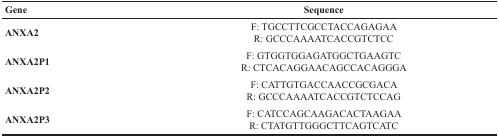
<table><thead><tr><td><b>Gene</b></td><td><b>Sequence</b></td></tr></thead><tbody><tr><td><b>ANXA2</b></td><td>F: TGCCTTCGCCTACCAGAGAAR: GCCCAAAATCACCGTCTCC</td></tr><tr><td><b>ANXA2P1</b></td><td>F: GTGGTGGAGATGGCTGAAGTCR: CTCACAGGAACAGCCACAGGGA</td></tr><tr><td><b>ANXA2P2</b></td><td>F: CATTGTGACCAACCGCGACAR: GCCCAAAATCACCGTCTCCAG</td></tr><tr><td><b>ANXA2P3</b></td><td>F: CATCCAGCAAGACACTAAGAAR: CTATGTTGGGCTTCAGTCATC</td></tr></tbody></table>